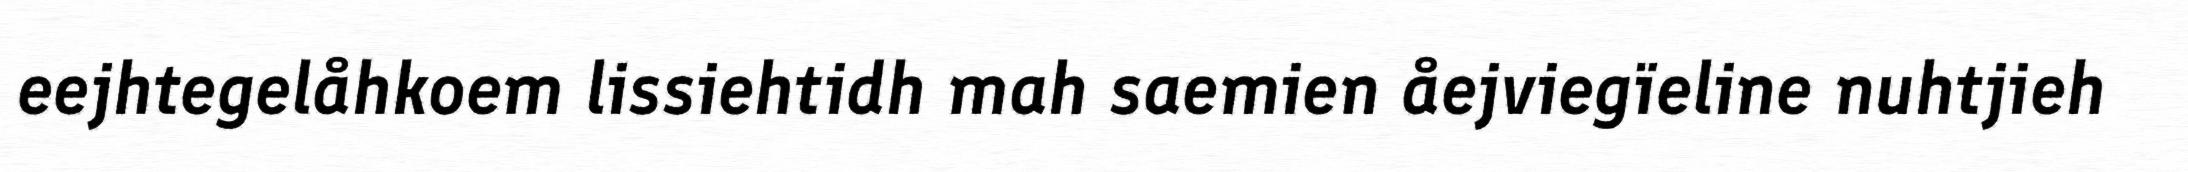
eejhtegelåhkoem lissiehtidh mah saemien åejviegïeline nuhtjieh